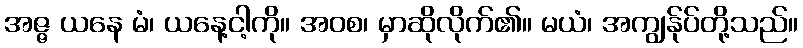
အဇ္ဇ ယနေ မံ၊ ယနေ့ငါ့ကို။ အဝစ၊ မှာဆိုလိုက်၏။ မယံ၊ အကျွန်ုပ်တို့သည်။